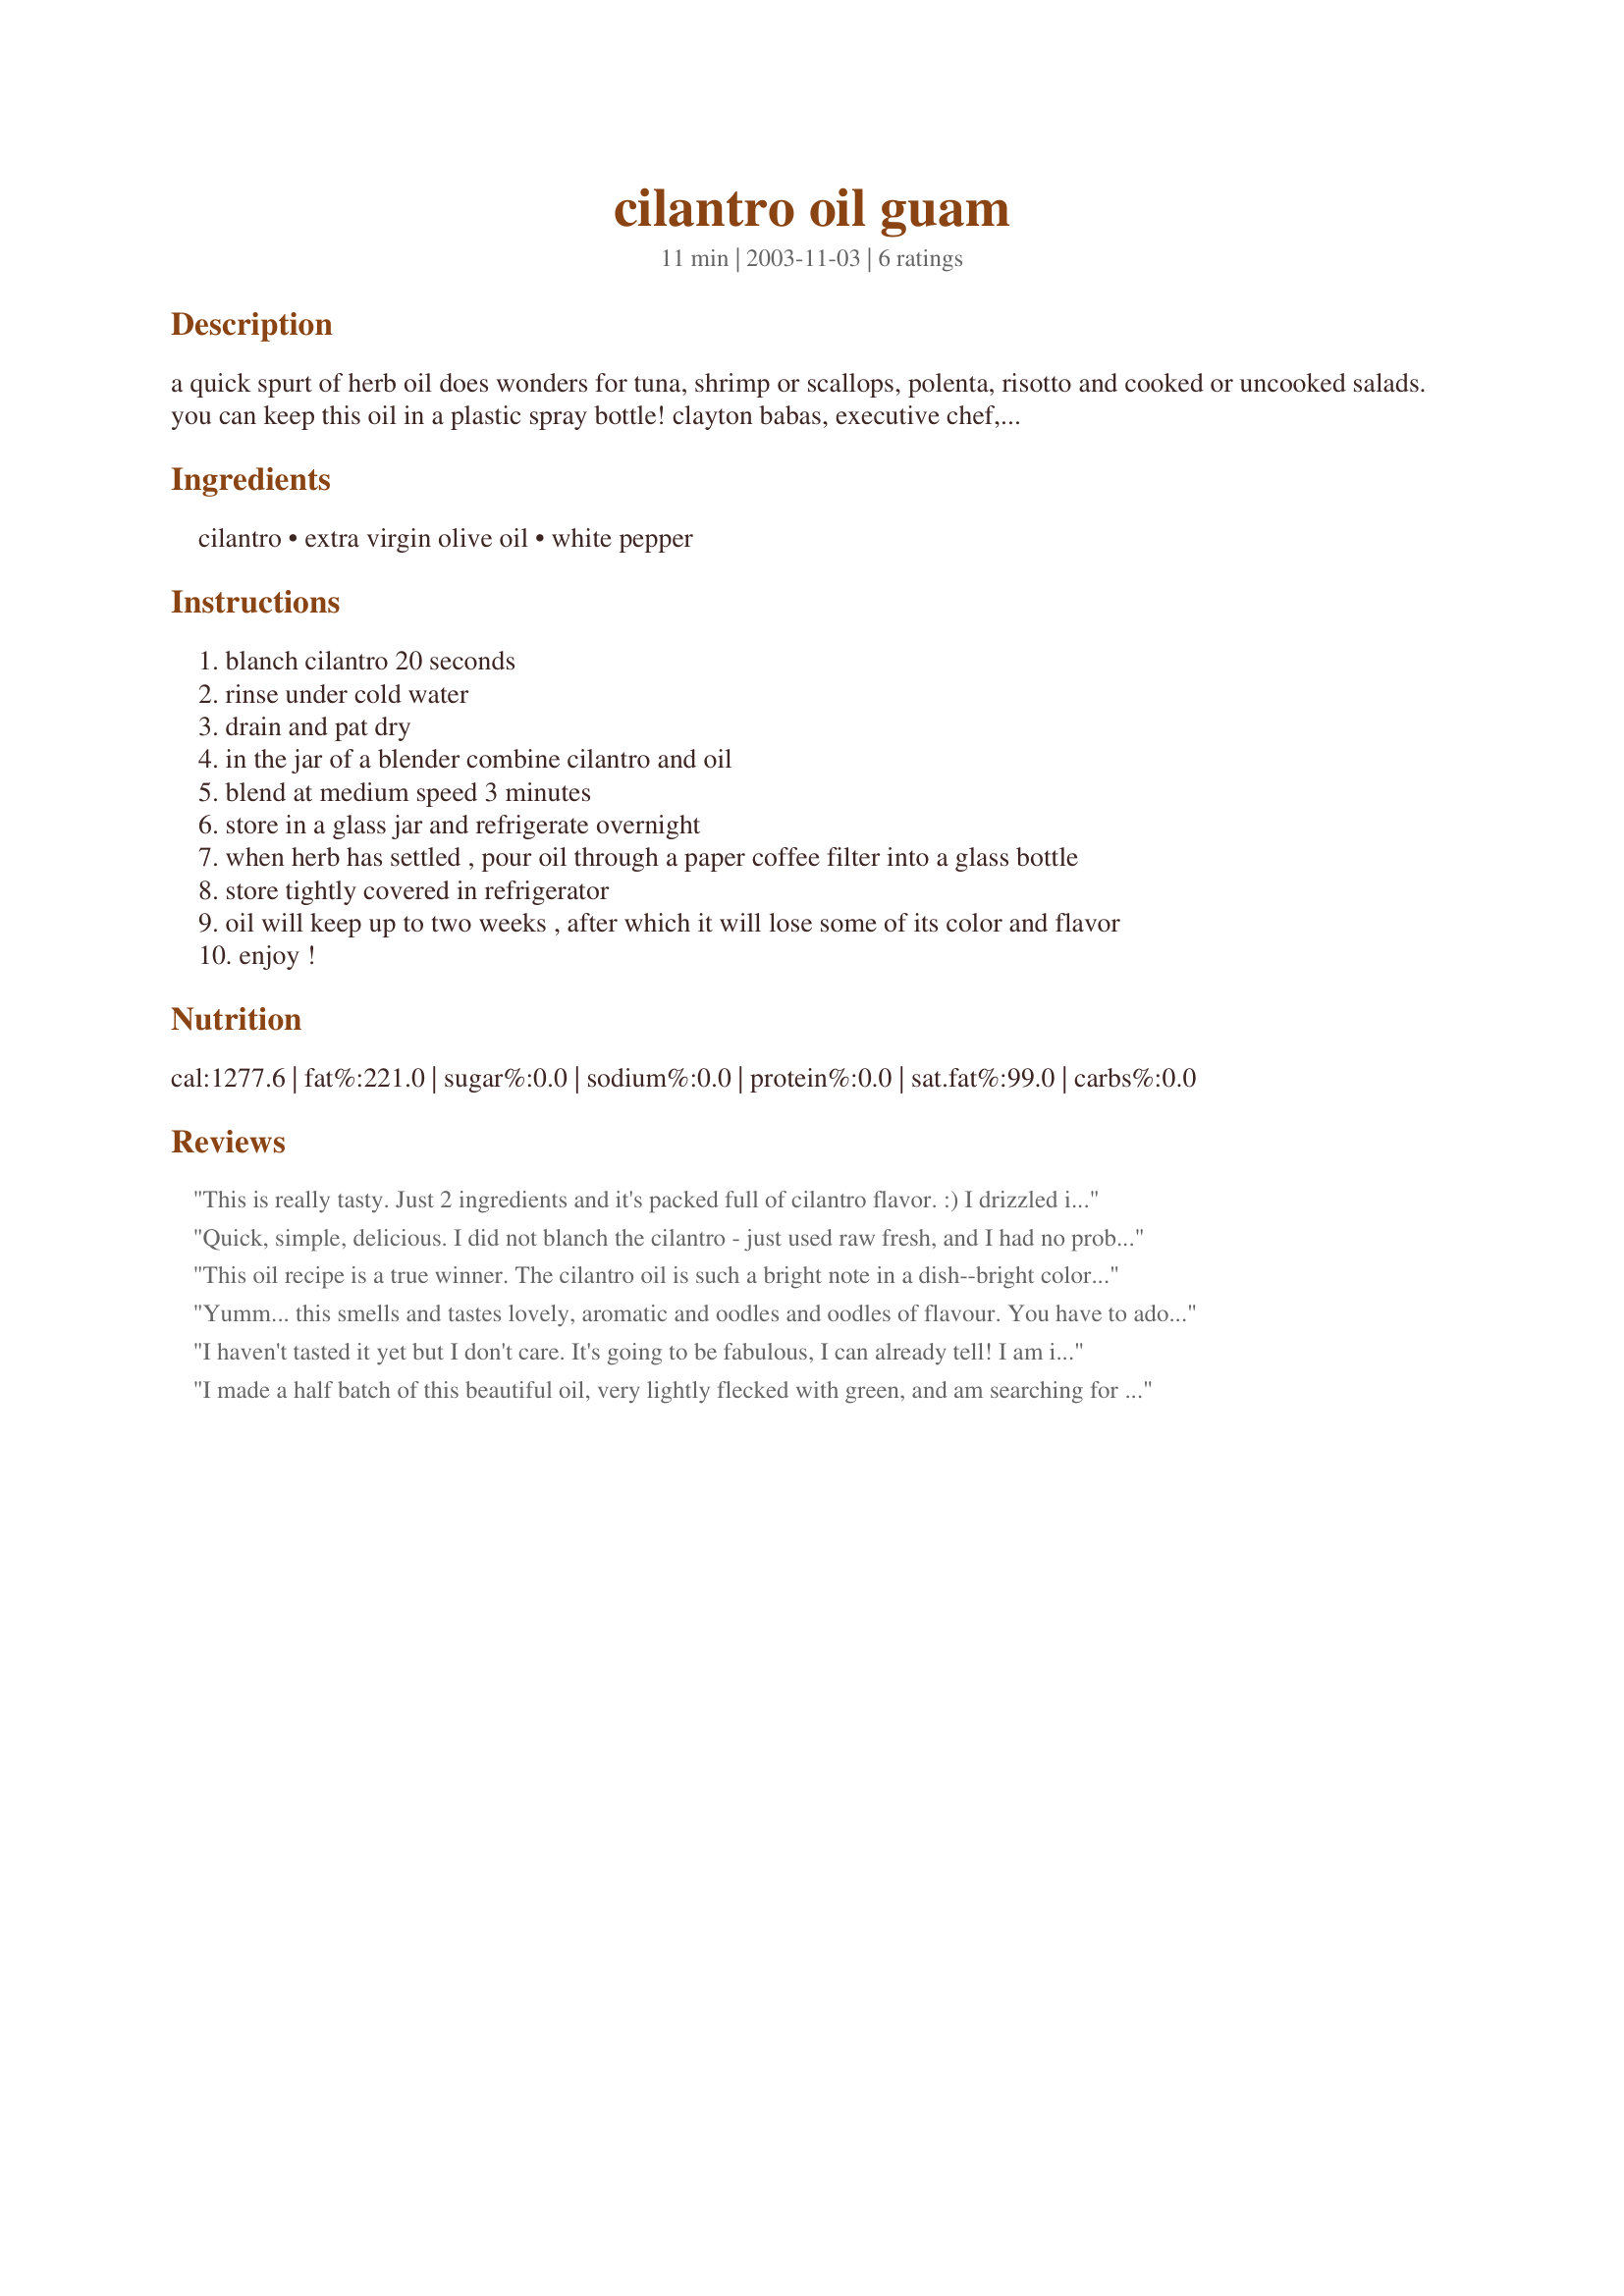
cilantro oil guam
Preparation time: 11 minutes

a quick spurt of herb oil does wonders for tuna, shrimp or scallops, polenta, risotto and cooked or uncooked salads. you can keep this oil in a plastic spray bottle! clayton babas, executive chef, at the guam reef hotel makes this for the guests.

Ingredients:
cilantro, extra virgin olive oil, white pepper

Steps:
blanch cilantro 20 seconds
rinse under cold water
drain and pat dry
in the jar of a blender combine cilantro and oil
blend at medium speed 3 minutes
store in a glass jar and refrigerate overnight
when herb has settled , pour oil through a paper coffee filter into a glass bottle
store tightly covered in refrigerator
oil will keep up to two weeks , after which it will lose some of its color and flavor
enjoy !

Reviews:
This is really tasty. Just 2 ingredients and it's packed full of cilantro flavor. :) I drizzled it on some leftover pasta. YUM! I can't wait to use it in a salad later. Thanks for posting.
Quick, simple, delicious. I did not blanch the cilantro - just used raw fresh, and I had no problems. Great condiment!
This oil recipe is a true winner. The cilantro oil is such a bright note in a dish--bright color and flavor. I have now also done a basil/mont oil--another winning combo. Just super--many thanks, Sharon.
Yumm... this smells and tastes lovely, aromatic and oodles and oodles of flavour. You have to adore coriander (cilantro) of course, but if you are already considering making this then I'm preaching to the converted LOL. DH is a pasta snob and is very much looking forward to making spagetti tomorrow with this. I drizzled some on a small bowl of tired leftover salad greens that despirately needed using and it improved their taste considerably, so I'm looking forward to finding more recipes to use this with. I used a small pieces of muslin and just squeezed the herb-y oily mixture though it.. a few bits of cilantro escaped so there are the odd darker green bits in it, but so super easy and so good ! Please see my rating system, a wonderful 5 stars :) Thanks !
I haven't tasted it yet but I don't care. It's going to be fabulous, I can already tell! I am infatuated with Cilantro, and it smelled so good while it was blending. It is now in the fridge sitting overnight, and I can't wait to try some of it tomorrow, on some salad.

Thanks for the great recipe!
I made a half batch of this beautiful oil, very lightly flecked with green, and am searching for more recipes to use with it. For today, I have only drizzled it on my finger and happily licked it off to taste the fresh cilantro flavor. There have been some concerns expressed on various internet websites at keeping herbed oil for more than 3-4 days because of possible bacteria contamination. Since I have not had any previous experience with flavored oils, I am going to use up my half batch this week. It was sure easy to follow your good instructions, Sharon123; and I'll be making more herb oils in the future.
